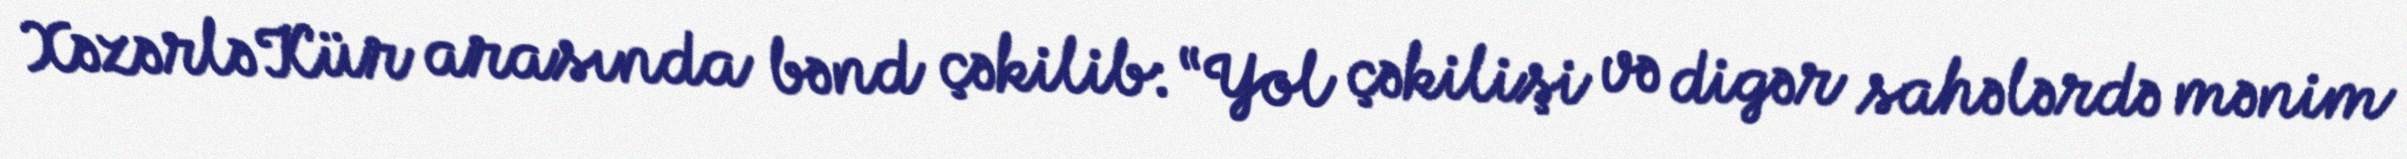
Xəzərlə Kür arasında bənd çəkilib: “Yol çəkilişi və digər sahələrdə mənim